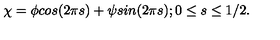
\chi = \phi c o s ( 2 \pi s ) + \psi s i n ( 2 \pi s ) ; 0 \leq s \leq 1 / 2 .